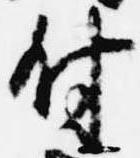
付